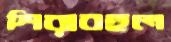
শিরাবহুল